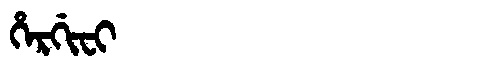
Manchu: ᡥᡝᡵᡤᡳᠸᡳ
Romanization: HERGIFI